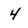
Character: 4